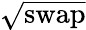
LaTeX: \sqrt{\mathrm{swap}}